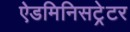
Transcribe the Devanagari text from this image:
ऐडमिनिसट्रेटर